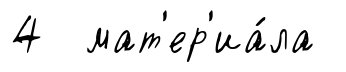
4 мат'ер'иа́ла